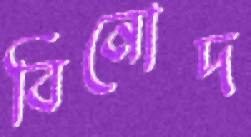
বিনোদ